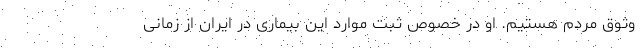
وثوق مردم هستیم. او در خصوص ثبت موارد این بیماری در ایران از زمانی